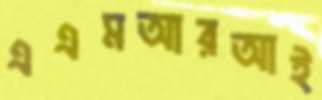
এএমআরআই